Annual administration report of the Bombay Presidency - 1887-1892
Year: 1887
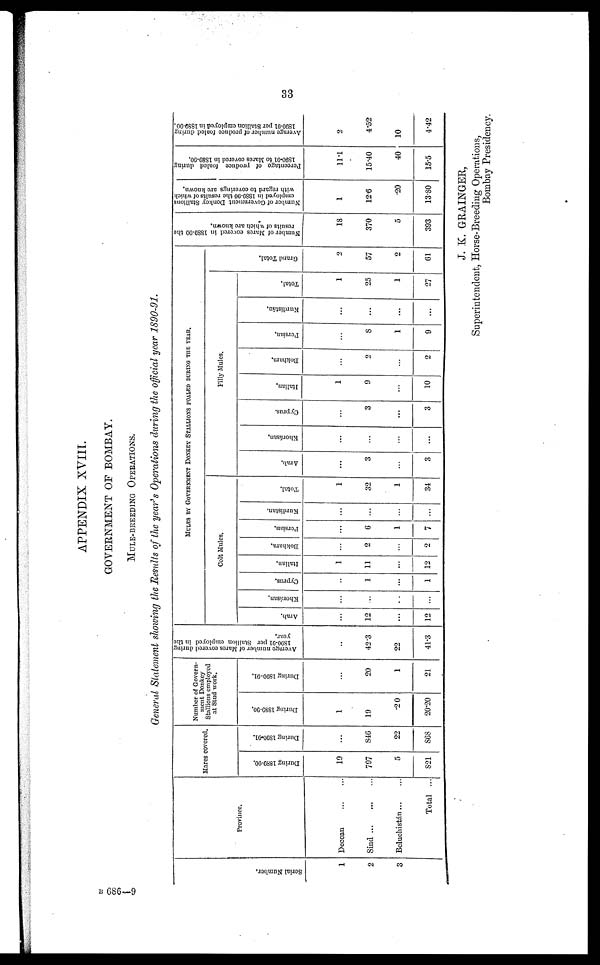
33
APPENDIX XVIII.
GOVERNMENT OF BOMBAY.
MULE-BREEDING OPERATIONS.
General Statement showing the Results of the year's Operations during the official year 1890-91.
Se r
ia
l Nu mb e r
.
1
2
3
Province.
Deccan
...
...
Sind ... ... ...
Beluchistán
...
...
Total ...
Mares covered.
During 1889-90.
19
797
5
821
During 1890-91.
...
846
22
868
Number of Govern-
ment Donkey
Stallions employed
at Stud work.
During 1880-90.
1
19
20
20.20
During 1890-91.
...
20
1
21
Average number of Mares covered during
1890-91
per Stallion employed in the
year.
...
42.3
22
41.3
MULES BY GOVERNMENT DONKEY STALLIONS FOALED DURING THE YEAR.
Colt Mules.
Arab.
...
12
...
12
Khorásan.
...
...
..
...
Cyprus.
...
1
...
1
Italian.
1
11
...
12
Bokhara.
...
2
...
2
Persian.
...
6
1
7
Kurdistan.
...
...
...
...
Total.
1
32
1
34
Filly Mules.
Arab,
...
3
...
3
Khorásan,
...
...
...
...
Cyprus.
...
3
...
3
Italian,
1
9
...
10
Bokhara.
...
2
...
2
Persian.
...
8
1
9
Kurdistán.
...
...
...
...
Total.
1
25
1
27
Gr a nd Tot al .
2
57
2
61
Number of Mares covered in 1889-90 the
results of which are known.
18
370
5
393
Number of Government Donkey Stallions
employed in 1889-90 the results of which
with regard to coverings arc known.
1
12.6
20
13.80
Percentage
of produce foaled during
1890-91 to Mares
covered in 1889-90.
11.1
15.40
40
15.5
Average number of produce fooled during
1890-91
per Stallion employed in 1889-90.
2
4.52
10
4.42
J. K. GRAINGER,
Superintendent, Horse-Breeding Operations,
Bombay Presidency.
B 686—9